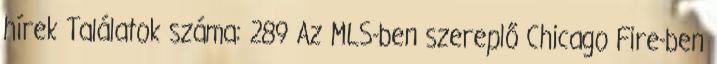
hírek Találatok száma: 289 Az MLS-ben szereplő Chicago Fire-ben